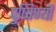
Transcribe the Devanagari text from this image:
पुष्पिण्यौ